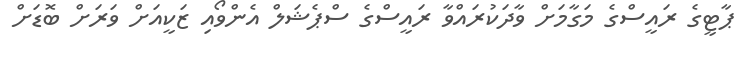
ޕާޓީގެ ރައީސްގެ މަގާމަށް ވާދަކުރައްވާ ރައީސްގެ ސްޕެޝަލް އެންވޯއި ޒަކީއަށް ވަރަށް ބޮޑަށް